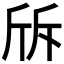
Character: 𣂙